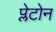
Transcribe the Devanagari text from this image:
प्लेटोन